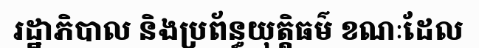
រដ្ឋាភិបាល និងប្រព័ន្ធយុត្តិធម៌ ខណៈដែល